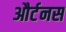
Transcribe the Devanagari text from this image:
और्टनस